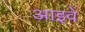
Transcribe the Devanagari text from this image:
आइवें